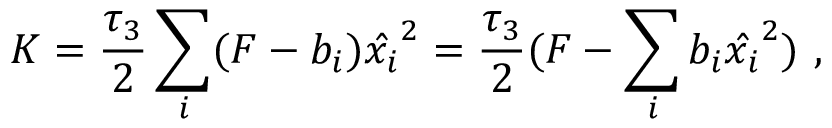
K = { \frac { \tau _ { 3 } } { 2 } } \sum _ { i } ( F - b _ { i } ) \hat { x _ { i } } ^ { 2 } = { \frac { \tau _ { 3 } } { 2 } } ( F - \sum _ { i } b _ { i } \hat { x _ { i } } ^ { 2 } ) \ ,